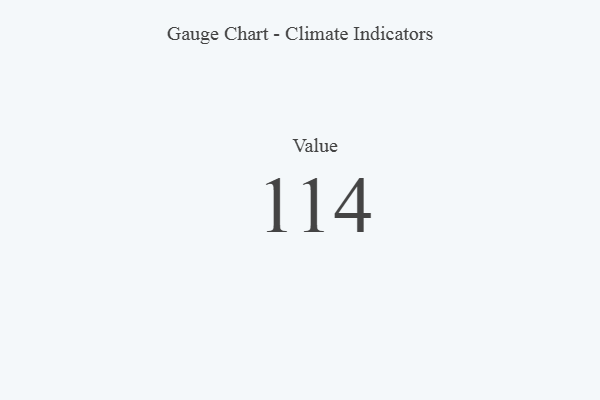
{"axis": {"x": "Metric", "y": "Value"}, "legend": [""], "data": [{"x": "Value", "y": 114, "type": ""}]}